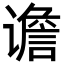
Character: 谵